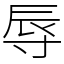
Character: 辱